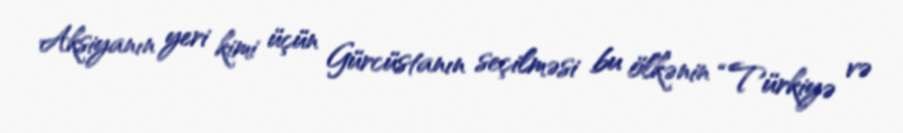
Aksiyanın yeri kimi üçün Gürcüstanın seçilməsi bu ölkənin “Türkiyə və